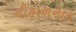
નીહાળનાર